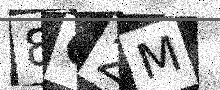
Text: 8G2M